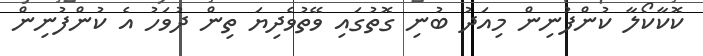
ކޮކާކޯލާ ކުންފުނިން މިއަދު ބުނި ގޮތުގައި ވޭތުވެދިޔަ ތިން ދުވަހު އެ ކުންފުނިން